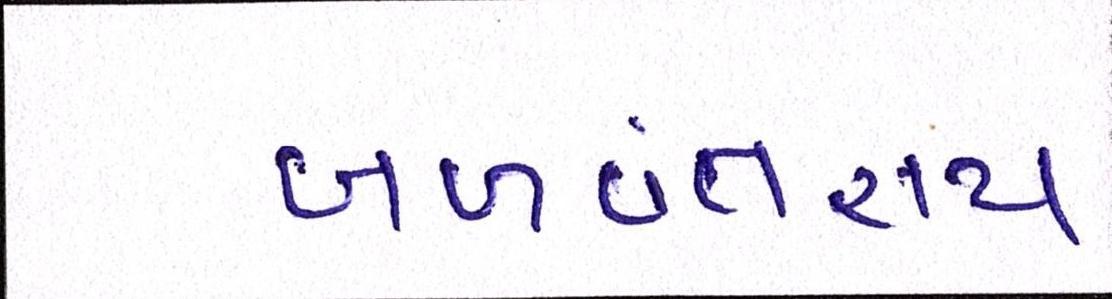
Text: બળવંતરાય